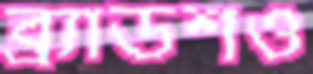
ব্র্যাডশও